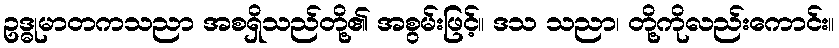
ဥဒ္ဓုမာတကသညာ အစရှိသည်တို့၏ အစွမ်းဖြင့်။ ဒသ သညာ၊ တို့ကိုလည်းကောင်း။